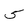
Character: 5